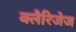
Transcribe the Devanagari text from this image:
क्लैरिजेज